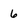
Character: 6